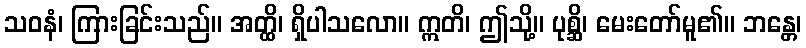
သဝနံ၊ ကြားခြင်းသည်။ အတ္ထိ၊ ရှိပါသလော။ ဣတိ၊ ဤသို့။ ပုစ္ဆိ၊ မေးတော်မူ၏။ ဘန္တေ၊